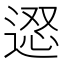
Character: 𨔇